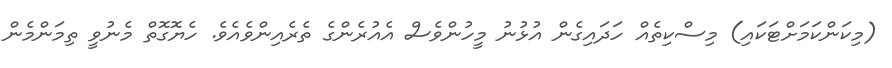
(މިކަންކަމަށްޓަކައި) މިސްކިތެއް ހަދައިގެން އުޅުނު މީހުންވެސް އެއުރެންގެ ތެރެއިންވެއެވެ. ހެޔޮގޮތް މެނުވީ ތިމަންމެން